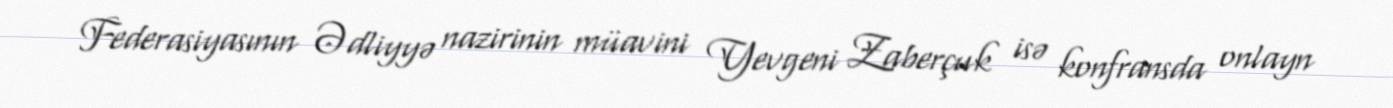
Federasiyasının Ədliyyə nazirinin müavini Yevgeni Zaberçuk isə konfransda onlayn